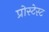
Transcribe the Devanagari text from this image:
प्रोस्टेस्ट